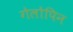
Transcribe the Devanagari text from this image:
गेलोपिन